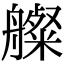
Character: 𦪫